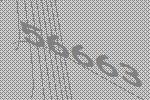
56663